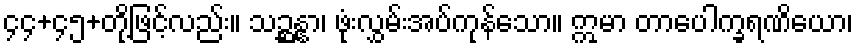
၄၄+၄၅+တို့ဖြင့်လည်း။ သဉ္ဆန္နာ၊ ဖုံးလွှမ်းအပ်ကုန်သော။ ဣမာ တာပေါက္ခရဏိယော၊